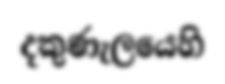
දකුණැලයෙහි